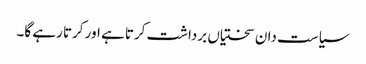
سیاست دان سختیاں برداشت کرتا ہے اور کرتا رہے گا۔